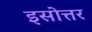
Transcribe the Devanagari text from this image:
इसोत्तर